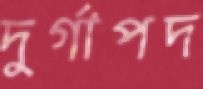
দুর্গাপদ